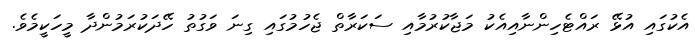
އެކުގައި އުޅޭ ރައްޓެހިންނާއިއެކު މަޖާކުރުމާއި ސަކަރާތް ޖެހުމުގައި ގިނަ ވަގުތު ހޭދަކުރަމުންދާ މީހަކީމެވެ.